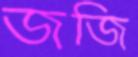
জজি